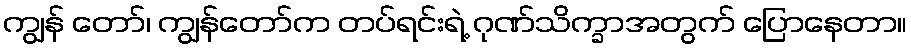
ကျွန် တော်၊ ကျွန်တော်က တပ်ရင်းရဲ့ ဂုဏ်သိက္ခာအတွက် ပြောနေတာ။